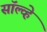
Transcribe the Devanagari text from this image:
सॉल्व्हे